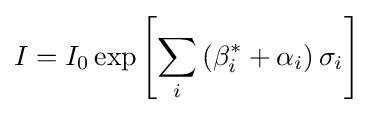
I=I_{0}\exp \left[\sum _{i}\left(\beta _{i}^{*}+\alpha _{i}\right)\sigma _{i}\right]